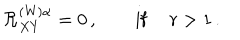
{ \cal R } _ { X Y } ^ { ( \mathrm { W } ) \alpha } = 0 \, , \qquad \mathrm { i f ~ } \quad r > 1 \, .